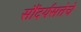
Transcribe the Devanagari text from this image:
सौंदर्यसत्तेचे